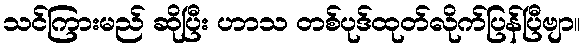
သင်ကြားမည် ဆိုပြီး ဟာသ တစ်ပုဒ်ထုတ်လိုက်ပြန်ပြီဗျာ။